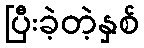
ပြီးခဲ့တဲ့နှစ်